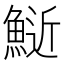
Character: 𫙧